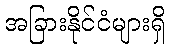
အခြားနိုင်ငံများရှိ